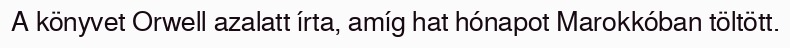
A könyvet Orwell azalatt írta, amíg hat hónapot Marokkóban töltött.